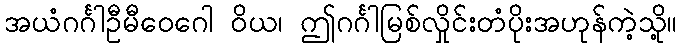
အယံဂင်္ဂါဦမီဝေဂေါ ဝိယ၊ ဤဂင်္ဂါမြစ်လှိုင်းတံပိုးအဟုန်ကဲ့သို့။